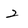
Character: 2